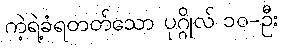
ကဲ့ရဲ့ခံရတတ်သော ပုဂ္ဂိုလ် ၁၀-ဦး